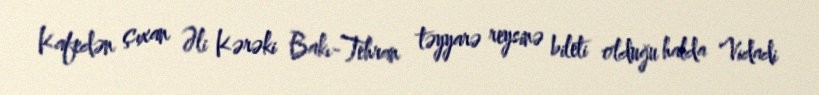
Kafedən çıxan Əli Kərəki Bakı-Tehran təyyarə reysinə bileti olduğu halda Vidadi